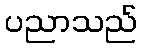
ပညာသည်